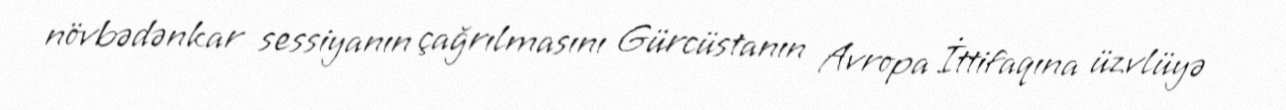
növbədənkar sessiyanın çağrılmasını Gürcüstanın Avropa İttifaqına üzvlüyə